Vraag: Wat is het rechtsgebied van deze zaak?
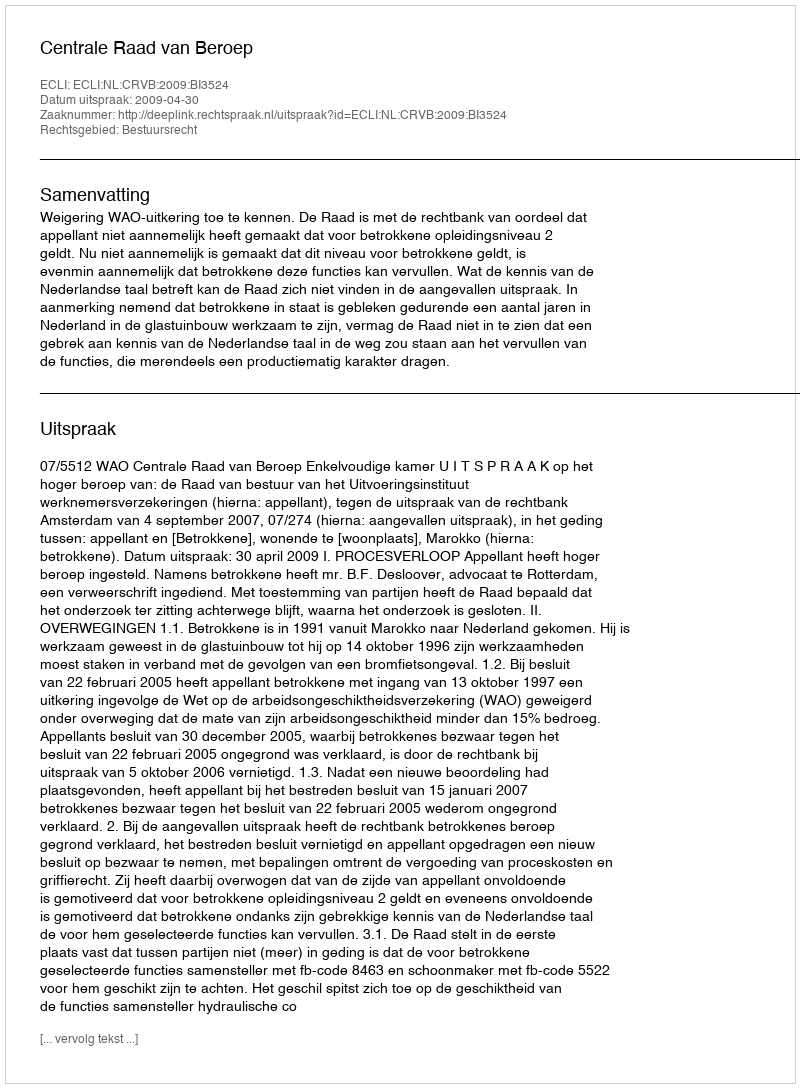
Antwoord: Bestuursrecht